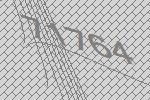
71764